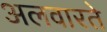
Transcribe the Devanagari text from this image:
अलवारते